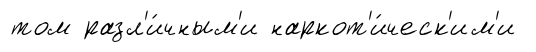
том разл'и́чным'и наркот'и́ческ'им'и